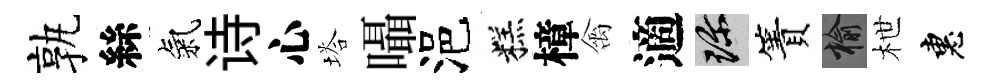
孰絲氣诗心塔囁浥糕樟禽適珍簀榆枻惠